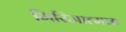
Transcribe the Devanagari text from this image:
गिरिजात्मक